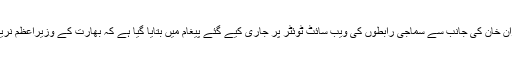
تفصیلات کے مطابق وزیراعظم عمران خان کی جانب سے سماجی رابطوں کی ویب سائٹ ٹوئٹر پر جاری کیے گئے پیغام میں بتایا گیا ہے کہ بھارت کے وزیراعظم نریندر مودی نے ان سے رابطہ کیا ہے۔